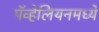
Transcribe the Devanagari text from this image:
पॅव्हेलियनमध्ये